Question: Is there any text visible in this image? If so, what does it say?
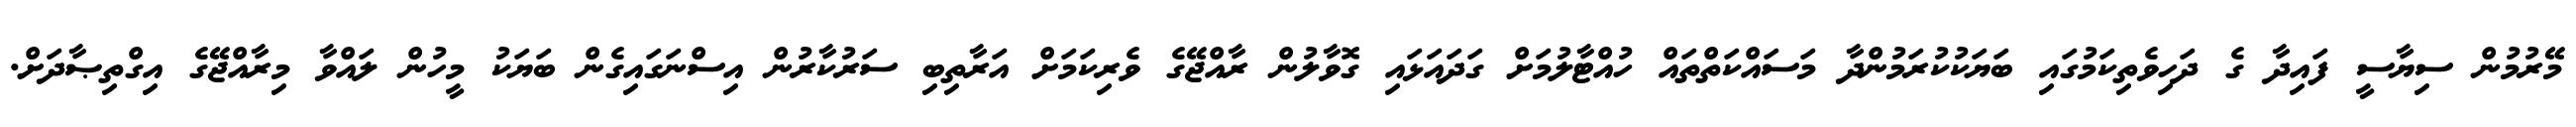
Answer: މޭރުމުން ސިޔާސީ ފައިދާ ގެ ދަހިވެތިކަމުގައި ބަޔަކުކުރަމުންދާ މަސައްކަތްތައް ހުއްޓާލުމަށް ގަދައަޅައި ގޮވާލުން ރާއްޖޭގެ ވެރިކަމަށް އަރާތިބި ސަރުކާރުން އިސްނަގައިގެން ބަޔަކު މީހުން ލައްވާ މިރާއްޖޭގެ އިގްތިޞާދަށް.